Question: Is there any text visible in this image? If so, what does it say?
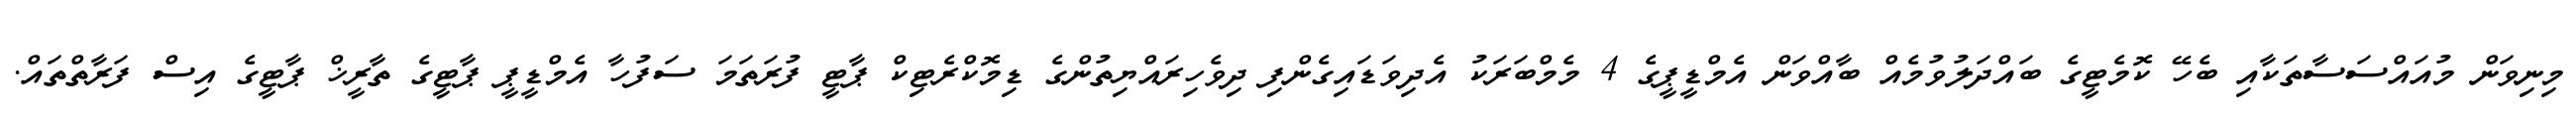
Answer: މިނިވަން މުއައްސަސާތަކާއި ބެހޭ ކޮމެޓީގެ ބައްދަލުވުމެއް ބާއްވަން އެމްޑީޕީގެ 4 މެމްބަރަކު އެދިވަޑައިގެންފި ދިވެހިރައްޔިތުންގެ ޑިމޮކްރެޓިކް ޕާޓީ ފުރަތަމަ ސަފުހާ އެމްޑީޕީ ޕާޓީގެ ތާރީޚް ޕާޓީގެ އިސް ފަރާތްތައް.